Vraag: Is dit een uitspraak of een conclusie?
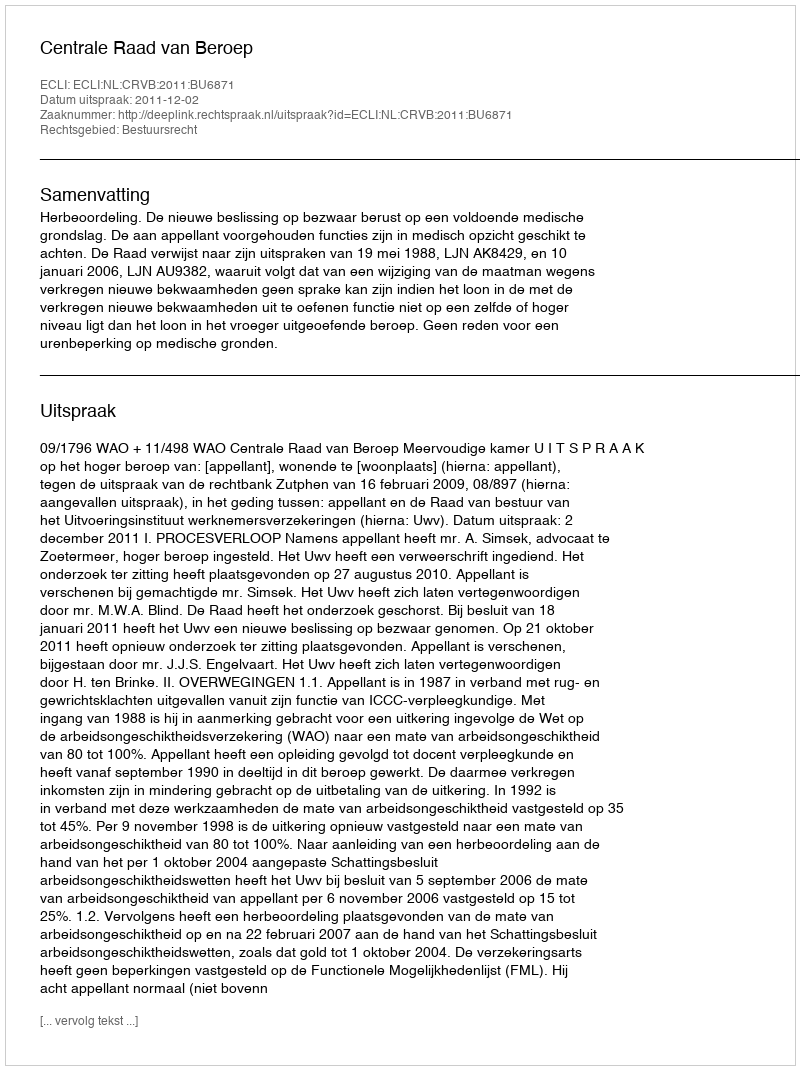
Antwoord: Uitspraak